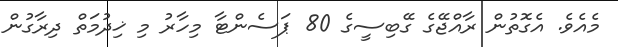
މެއެވެ. އެގޮތުން ރާއްޖޭގެ ގޭބިސީގެ 80 ޕަސެންޓާ މިހާރު މި ޚިދުމަތް ދިރާގުން